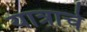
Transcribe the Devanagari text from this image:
यात्राचे